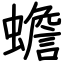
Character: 蟾